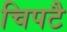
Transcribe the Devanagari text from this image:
चिपटै